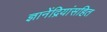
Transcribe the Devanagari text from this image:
ज्ञानेंद्रियांसहित